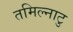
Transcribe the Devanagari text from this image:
तमिल्नाटु